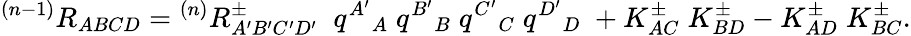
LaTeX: {}^{(n-1)}R_{ABCD}={}^{(n)}R_{A^{\prime}B^{\prime}C^{\prime}D^{\prime}}^{\pm}\; \; q^{A^{\prime}}{}_{A}\; q^{B^{\prime}}{}_{B}\; q^{C^{\prime}}{}_{C}\; q^{D^{\prime}}{}_{D}\; +K_{AC}^{\pm}\; K_{BD}^{\pm}-K_{AD}^{\pm}\; K_{BC}^{\pm}.